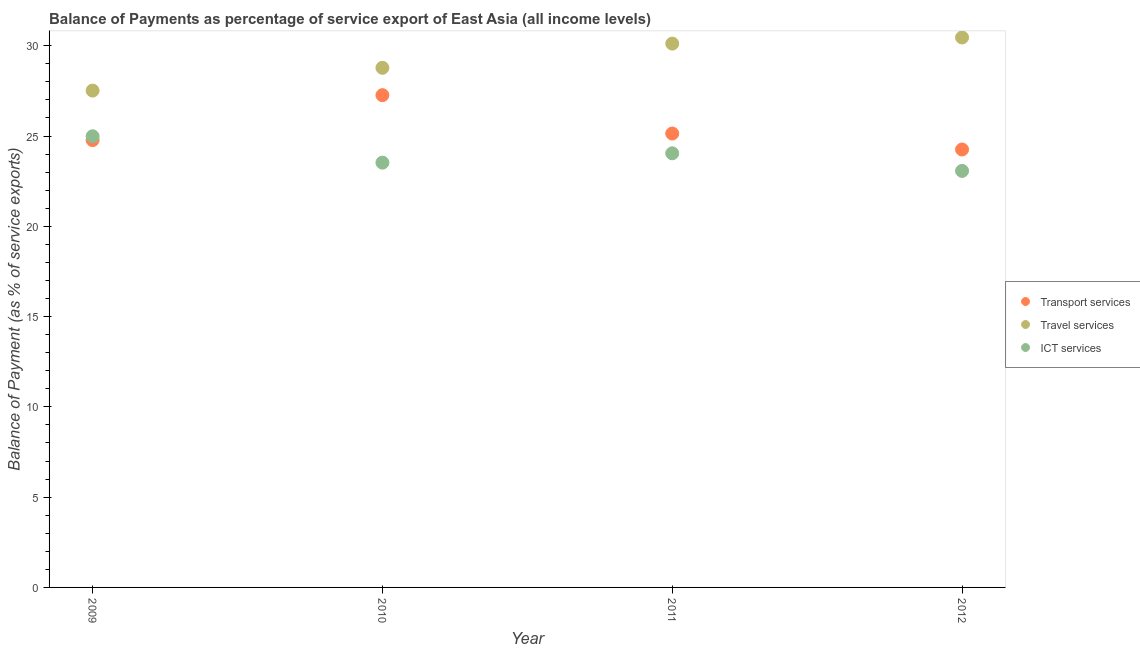
| Year | Transport services | Travel services | ICT services |
 | --- | --- | --- | --- |
 | 2009 | 24.8 | 27.5 | 25 |
 | 2010 | 27.3 | 28.8 | 23.5 |
 | 2011 | 25.1 | 30.1 | 24 |
 | 2012 | 24.3 | 30.5 | 23.1 |